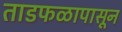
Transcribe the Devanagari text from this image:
ताडफळापासून